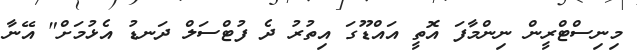
މިނިސްޓްރީން ނިންމާފަ އޮތީ އައްޑޫގަ އިތުރު ދެ ފުޓްސަލް ދަނޑު އެޅުމަށް" އޭނާ